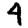
Digit: 4